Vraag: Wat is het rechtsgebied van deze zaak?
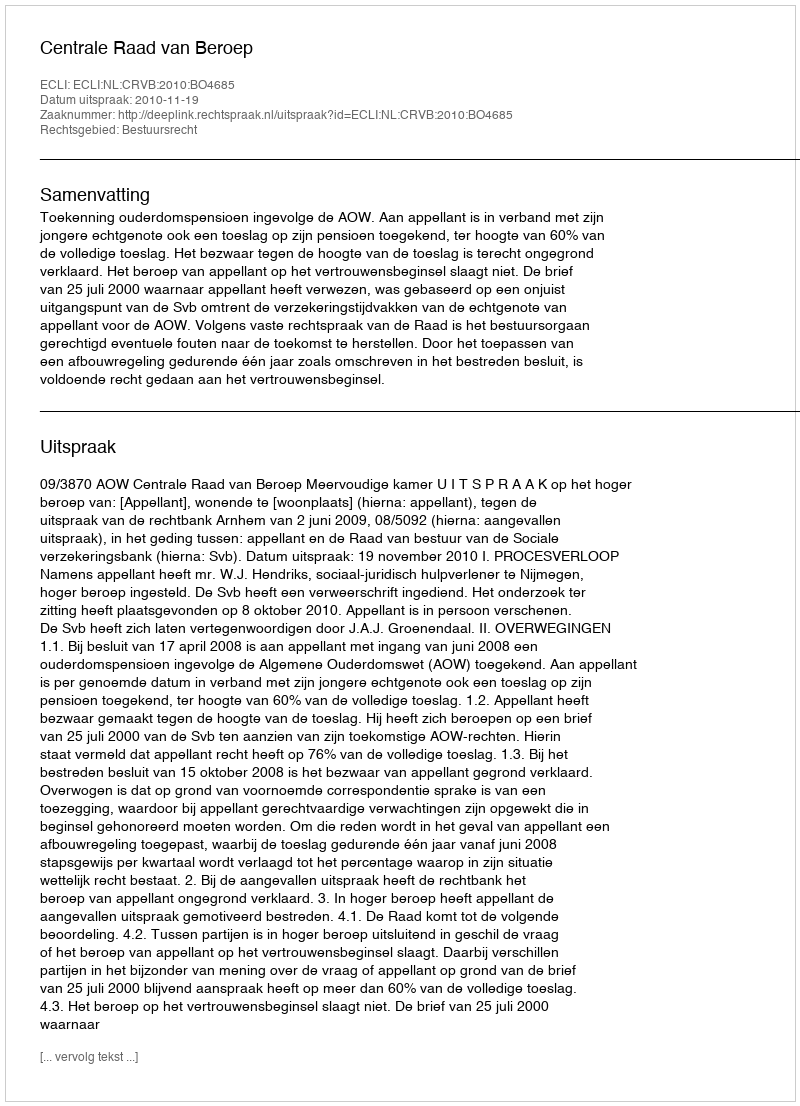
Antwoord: Bestuursrecht